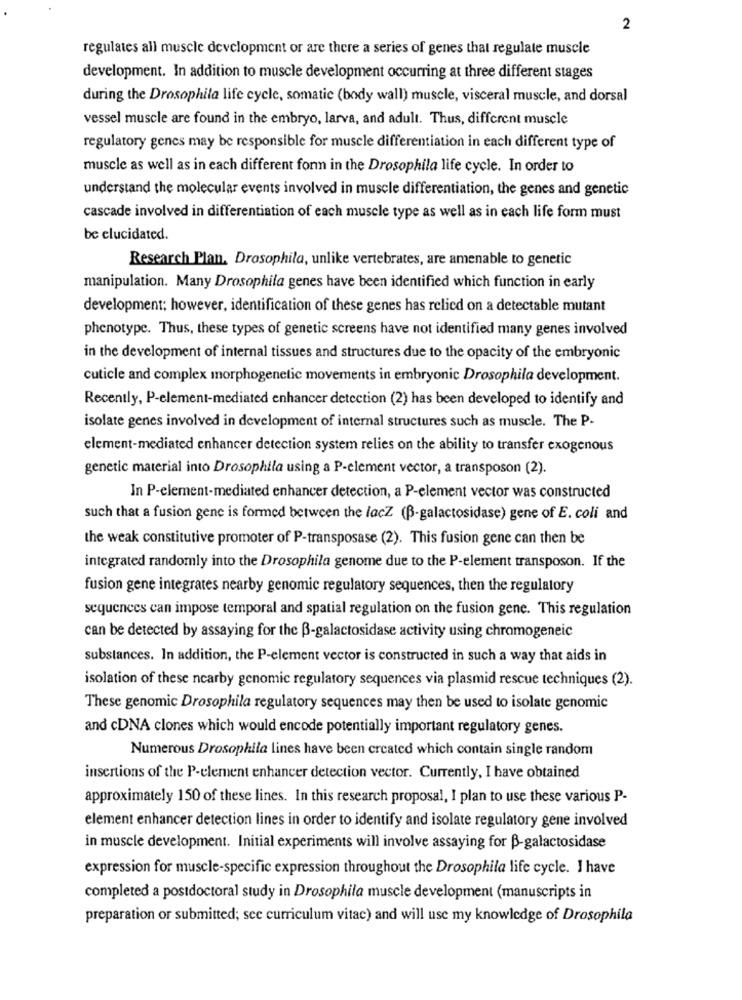
2
regulates all muscle development or are there a series of genes that regulate muscle
development. In addition to muscle development occurring at three different stages
during the Drosophila life cycle, somatie (body wall) muscle, visceral muscle, and dorsal
vessel muscle are found in the embryo, larva, and adult. Thus, different muscle
regulatory genes may be responsible for muscle differentiation in each different type of
muscle as well as in each different form in the Drosophila life cycle. In order to
understand the molecular events involved in muscle differentiation, the genes and genetic
cascade involved in differentiation of each muscle type as well as in each life form must
be elucidated.
Research Plan. Drosophila, unlike vertebrates, are amenable to genetic
manipulation. Many Drosophila genes have been identified which function in early
development; however, identification of these genes has relied on a detectable mutant
phenotype. Thus, these types of genetic screens have not identified many genes involved
in the development of internal tissues and structures due to the opacity of the embryonic
cuticle and complex morphogenetic movements in embryonic Drosophila development.
Recently, P-element-mediated enhancer detection (2) has been developed to identify and
isolate genes involved in development of internal structures such as muscle. The P-
element-mediated enhancer detection system relies on the ability to transfer exogenous
genetic material into Drosophila using a P-element vector, a transposon (2).
In P-element-mediated enhancer detection, a P-element vector was constructed
such that a fusion gene is formed between the lacZ (B-galactosidase) gene of E. coli and
the weak constitutive promoter of P-transposase (2). This fusion gene can then be
integrated randomly into the Drosophila genome due to the P-element transposon. If the
fusion gene integrates nearby genomic regulatory sequences, then the regulatory
sequences can impose temporal and spatial regulation on the fusion gene. This regulation
can be detected by assaying for the ß-galactosidase activity using chromogeneic
substances. In addition, the P-element vector is constructed in such a way that aids in
isolation of these nearby genomic regulatory sequences via plasmid rescue techniques (2).
These genomic Drosophila regulatory sequences may then be used to isolate genomic
and cDNA clones which would encode potentially important regulatory genes.
Numerous Drosophila lines have been created which contain single random
insertions of the P-element enhancer detection vector. Currently, I have obtained
approximately 150 of these lines. In this research proposal, I plan to use these various P-
element enhancer detection lines in order to identify and isolate regulatory gene involved
in muscle development. Initial experiments will involve assaying for B-galactosidase
expression for muscle-specific expression throughout the Drosophila life cycle. I have
completed a postdoctoral study in Drosophila muscle development (manuscripts in
preparation or submitted; see curriculum vitae) and will use my knowledge of Drosophila